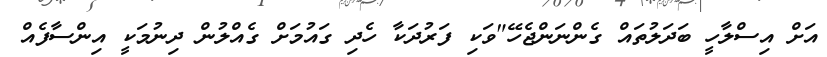
އަށް އިސްލާހީ ބަދަލުތައް ގެންނަންޖެހޭ"ވަކި ފަރުދަކާ ހެދި ގައުމަށް ގެއްލުން ދިނުމަކީ އިންސާފެއް